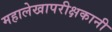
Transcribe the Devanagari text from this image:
महालेखापरीक्षकानी